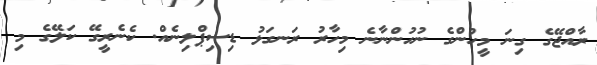
ރާއްޖޭގެ ގިނަ މީހުންގެ ނުހުންނާނެ މިހާރު ރަނގަޅު ޑިސިޕްލިނެއް. ކެނެރީގޭ ކަލޭގެ މި